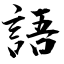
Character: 語